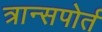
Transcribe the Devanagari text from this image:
त्रान्सपोर्त